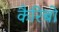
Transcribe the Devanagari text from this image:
कैरिबो